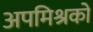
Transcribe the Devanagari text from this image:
अपमिश्रकों